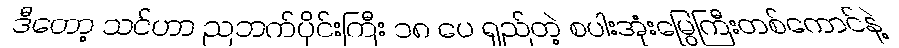
ဒီတော့ သင်ဟာ ညဘက်ပိုင်းကြီး ၁၈ ပေ ရှည်တဲ့ စပါးအုံးမြွေကြီးတစ်ကောင်နဲ့